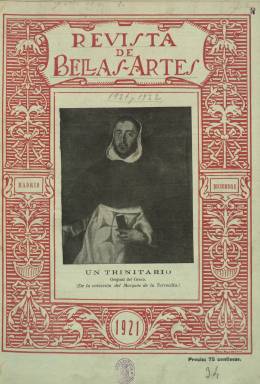
Título: Revista de bellas artes (Madrid. 1921)
Colección: Arte
Ámbito geográfico: Madrid
Lugar de publicación: Madrid
Fechas: 01/12/1921-30/06/1923

Publicación mensual dedicada al mundo del arte en toda su extensión, aunque centrada preferentemente en la pintura, dado que su director, Francisco Pompey, fue él mismo pintor además de un gran divulgador del mundo de la pintura.

  Quien vea la portada de la revista se verá sorprendido por la afirmación que figura justo debajo del título, del nombre del director y de la dirección de sus oficinas y redacción. Dice literalmente: ‘Esta revista no pertenece a ninguna entidad’.

  Para entender una declaración tan singular es necesario leer lo que se dice en el primer número de la revista. Este número no lo posee la BNE, pero sí lo tiene la Hemeroteca Municipal de Madrid, por lo que se puede saber el trasfondo del nacimiento de la publicación.

   De dicha lectura se deduce que la junta directiva de la Asociación de Pintores y Escultores había iniciado una revista de bellas artes en marzo de 1921 con cuyos contenidos Pompey no estaba de acuerdo y por eso decidió crear la suya propia unos meses más tarde descalificando a la junta directiva, que dice estar ‘compuesta en su mayoría de indocumentados y desconocedores, casi en su totalidad, de cuanto se relaciona con las Bellas Artes, y con el carácter íntimo de los artistas’.

  Más adelante explica el propósito de su revista de dar ‘más espacio al movimiento de las artes en general de Europa y América, y el concepto de dar más amplitud al movimiento de arte actual en España, con sus exposiciones y concursos; precisamente todo lo que prohíbe el reglamento de la Asociación de Pintores y Escultores, y precisamente todo lo que al público y a los artistas les interesa’.

  Efectivamente, tal y como se adelantaba en esta declaración de intenciones, la revista dedicó en todos sus números muchas de sus páginas a informar sobre exposiciones y concursos, así como nombramientos y convocatorias. Fue un fiel reflejo de la vida artística española de la época.

  La publicación no tuvo una vida larga, menos de tres años, y sus números tuvieron una paginación variada, desde las poco más de 20 páginas hasta las cerca de 40. Hubo una excepción en mayo de 1922 con motivo de la Exposición Nacional de ese año en que la revista incluyó 42 páginas con fotografías de muchas de las obras presentadas y una cubierta que reproduce el cuadro ‘Las tentaciones de Buda’, de Eduardo Chicharro.

   Este mismo número se abre con un reportaje sobre un imaginario proyecto para la construcción de un nuevo Museo del Prado, una idea de J. Domínguez Carrascal que figuraba, además de como redactor, como administrador de la revista.

   Pese a que contaba con abundante publicidad, e incluso una página de anuncios breves, la revista debió de tener problemas económicos y cesó de publicarse. En su último número, de junio de 1923, ya dejaba ver que había tenido dificultades para editarse, por lo que es muy probable que este sea el último número que se publicó.

   El director, Francisco Pompey, fue autor de numerosas obras de divulgación. En la BNE figura como autor de 23 obras y participante en otras dos. Escribió sobre todo biografías y estudios de pintores: Picasso, Goya, Velázquez, Fortuny, Rosales, Rubens, Zurbarán, Alonso Cano y otros. Es autor también del libro ‘Recuerdos de un pintor que escribe’ en el que evoca sus relaciones con artistas y escritores, como Joaquín Sorolla o Valle-Inclán.

[Descripción publicada el 17/08/2022]